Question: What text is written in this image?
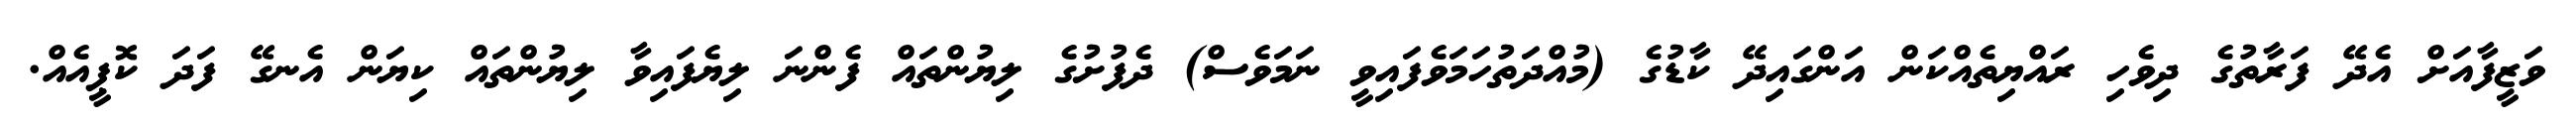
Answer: ވަޒީފާއަށް އެދޭ ފަރާތުގެ ދިވެހި ރައްޔިތެއްކަން އަންގައިދޭ ކާޑުގެ (މުއްދަތުހަމަވެފައިވީ ނަމަވެސް) ދެފުށުގެ ލިޔުންތައް ފެންނަ ލިޔެފައިވާ ލިޔުންތައް ކިޔަން އެނގޭ ފަދަ ކޮޕީއެއް.